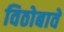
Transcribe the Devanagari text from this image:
विठोबावे